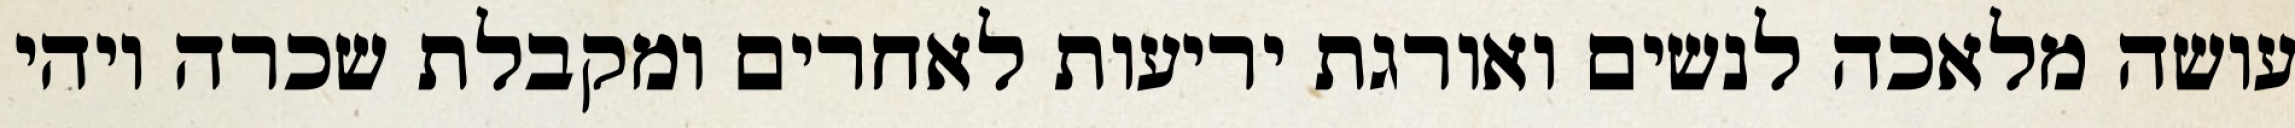
עושה מלאכה לנשים ואורגת יריעות לאחרים ומקבלת שכרה ויהי